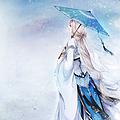
江上阴云锁梦魂，江边深夜舞刘琨。